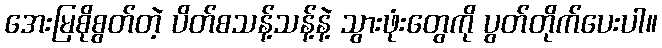
အေးမြစိုစွတ်တဲ့ ပိတ်စသန့်သန့်နဲ့ သွားဖုံးတွေကို ပွတ်တိုက်ပေးပါ။